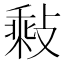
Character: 𢾽